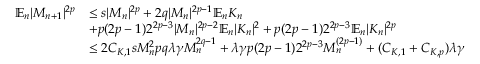
\begin{array} { r l } { \mathbb { E } _ { n } | M _ { n + 1 } | ^ { 2 p } } & { \leq s | M _ { n } | ^ { 2 p } + 2 q | M _ { n } | ^ { 2 p - 1 } \mathbb { E } _ { n } K _ { n } } \\ & { + p ( 2 p - 1 ) 2 ^ { 2 p - 3 } | M _ { n } | ^ { 2 p - 2 } \mathbb { E } _ { n } | K _ { n } | ^ { 2 } + p ( 2 p - 1 ) 2 ^ { 2 p - 3 } \mathbb { E } _ { n } | K _ { n } | ^ { 2 p } } \\ & { \leq 2 C _ { K , 1 } s M _ { n } ^ { 2 } p q \lambda \gamma M _ { n } ^ { 2 q - 1 } + \lambda \gamma p ( 2 p - 1 ) 2 ^ { 2 p - 3 } M _ { n } ^ { ( 2 p - 1 ) } + ( C _ { K , 1 } + C _ { K , p } ) \lambda \gamma } \end{array}